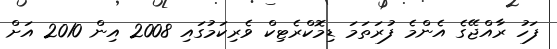
ފަހު ރާއްޖޭގެ އެންމެ ފުރަތަމަ ޑިމޮކްރެޓިކް ވެރިކަމުގައި 2008 އިން 2010 އަށް